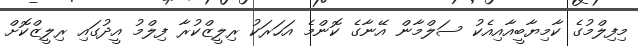
މިފިލްމުގެ ކާމިޔާބީއާއިއެކު ސަލްމާން އޭނާގެ ކޮންމެ އަހަރަކު ރިލީޒްކުރާ ފިލްމު އީދުގައި ރިލީޒްކޮށް